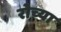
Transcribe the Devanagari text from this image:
रोच्या